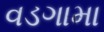
વડગામા